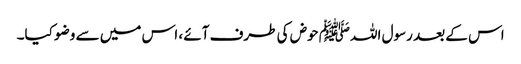
اس کے بعد رسول اللہﷺ حوض کی طرف آئے ، اس میں سے وضو کیا۔